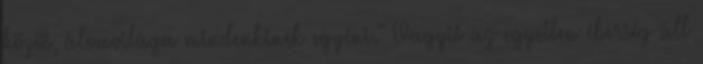
közös, álomvilága mindenkinek egyéni." Vagyis az egyetlen éberség áll